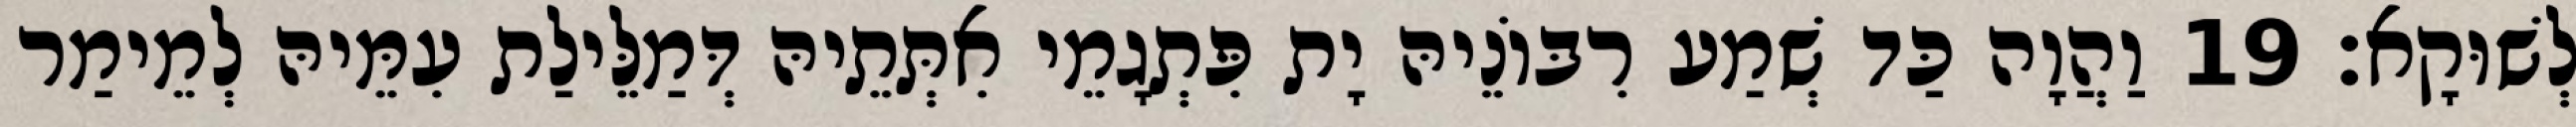
לְשׁוּקָא׃ 19 וַהֲוָה כַּד שְׁמַע רִבּוֹנֵיהּ יָת פִּתְגָמֵי אִתְּתֵיהּ דְּמַלֵּילַת עִמֵּיהּ לְמֵימַר